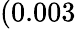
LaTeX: (0.003\